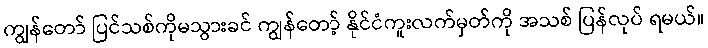
ကျွန်တော် ပြင်သစ်ကိုမသွားခင် ကျွန်တော့် နိုင်ငံကူးလက်မှတ်ကို အသစ် ပြန်လုပ် ရမယ်။